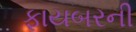
ફાયબરની